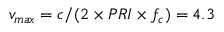
v _ { m a x } = c / ( 2 \times P R I \times f _ { c } ) = 4 . 3